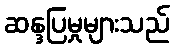
ဆန္ဒပြမှုများသည်